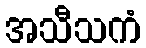
အသီသကံ